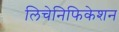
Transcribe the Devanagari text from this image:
लिचेनिफिकेशन